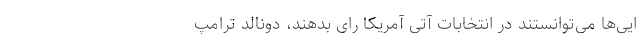
ایی‌ها می‌توانستند در انتخابات آتی آمریکا رای بدهند، دونالد ترامپ